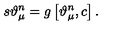
s \vartheta _ { \mu } ^ { n } = g \left[ \vartheta _ { \mu } ^ { n } , c \right] .